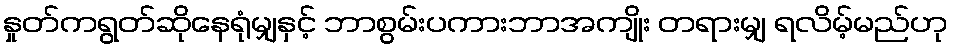
နှုတ်ကရွတ်ဆိုနေရုံမျှနှင့် ဘာစွမ်းပကားဘာအကျိုး တရားမျှ ရလိမ့်မည်ဟု